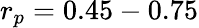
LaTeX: r_{p}=0.45-0.75